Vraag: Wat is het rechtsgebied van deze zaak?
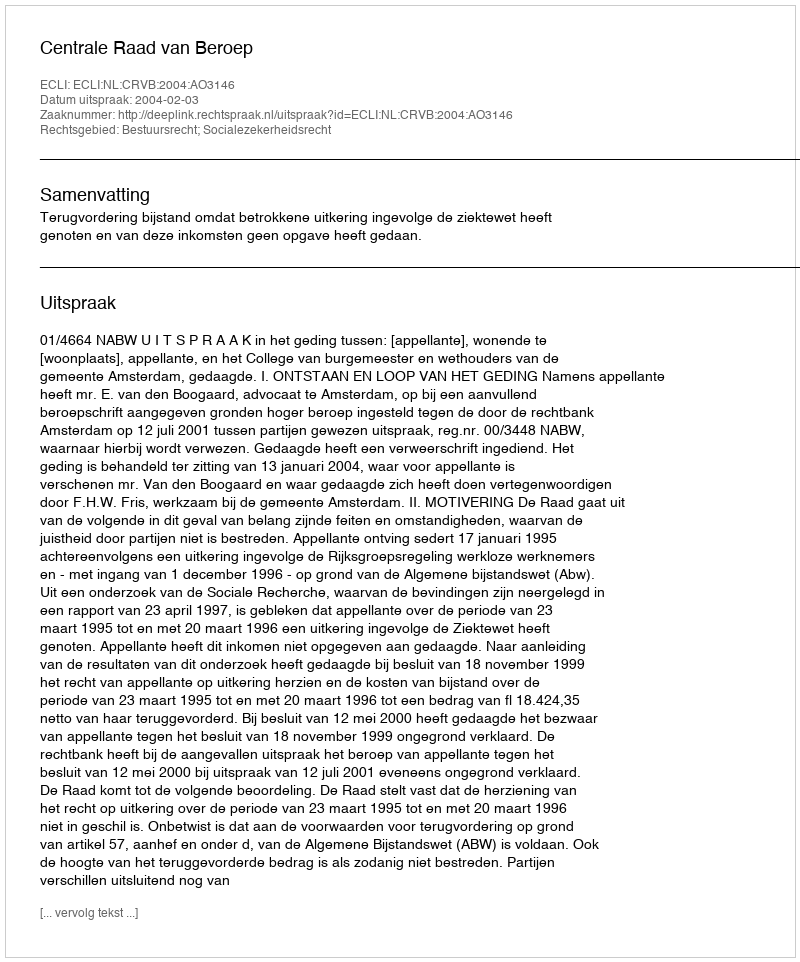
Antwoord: Bestuursrecht; Socialezekerheidsrecht